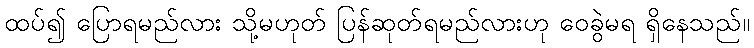
ထပ်၍ ပြောရမည်လား သို့မဟုတ် ပြန်ဆုတ်ရမည်လားဟု ဝေခွဲမရ ရှိနေသည်။